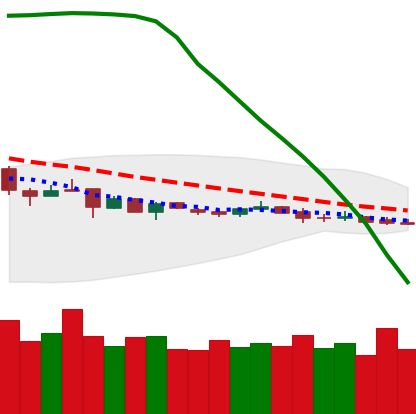
Ticker: DOGE-USD
Chart end date: 2019-01-09
Forward return: -3.663%
Label: down_3_5